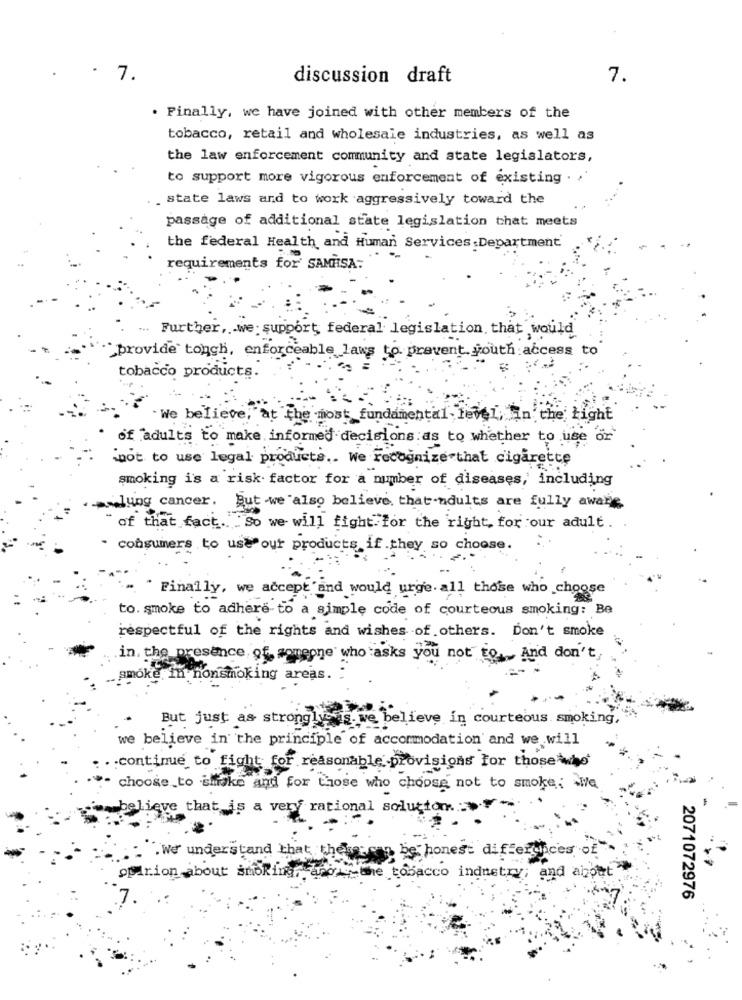
- 7.
discussion draft
7.
. Finally, we have joined with other members of the
tobacco, retail and wholesale industries, as well as
the law enforcement community and state legislators,
to support more vigorous enforcement of existing . ,
. state laws and to work aggressively toward the
passage of additional state legislation that meets
the federal Health and Human Services Department
requirements for' SAMHSA:
... Further, . we: support, federal legislation, that would
*provide tongh, enforceable laws to prevent youth access to
tobacco products.
We believe, at the most fundamental level, In the Light
of adults to make informed decisions as to whether to use or
"not to use legal products .. We recognize that cigarette
smoking is a risk factor for a number of diseases, including
lung cancer. But we also believe that -adults are fully aware
of that fact .. . So we will fight for the right, for our adult.
- consumers to use our products if they so choose.
* Finally, we accept and would urge. all those who choose
to. smoke to adhere to a simple code of courteous smoking: Be
respectful of the rights and wishes of others. Don't smoke
in, the presence of someone who asks you not to, And don't
smoke th nonsmoking areas.
But just as stronglysis. we believe in courteous smoking,
we believe in the principle of accommodation and we will
. . continue to fight for reasonable provisions for those who
choose to shake and for those who choose not to smoke, we
elieve that is a very rational solution.
-
: . We understand that they say
be honest differences of"
opinion about smoking, ano -the tobacco industry; and alput'
2071072976